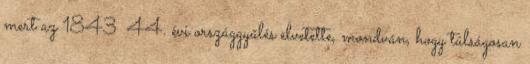
mert az 1843 44. évi országgyűlés elvetette, mondván, hogy túlságosan